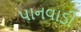
પાનવાડી